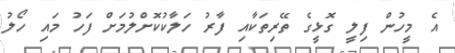
އެ މީހުންް ފިލީ ގޮޅީގެ ތޭރިތަކާއި ފާރު ހަލާކުކޮށްލުމަށް ފަހު މައި ހޯލު